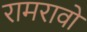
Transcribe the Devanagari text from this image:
रामरावो